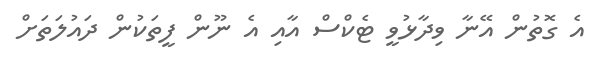
އެ ގޮތުން އޭނާ ވިދާޅުވީ ޓެކްސް އާއި އެ ނޫން ފީތަކުން ދައުލަތަށް